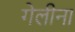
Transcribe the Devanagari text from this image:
गेलीना